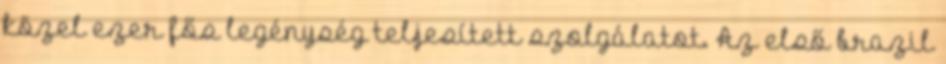
közel ezer fős legénység teljesített szolgálatot. Az első brazil